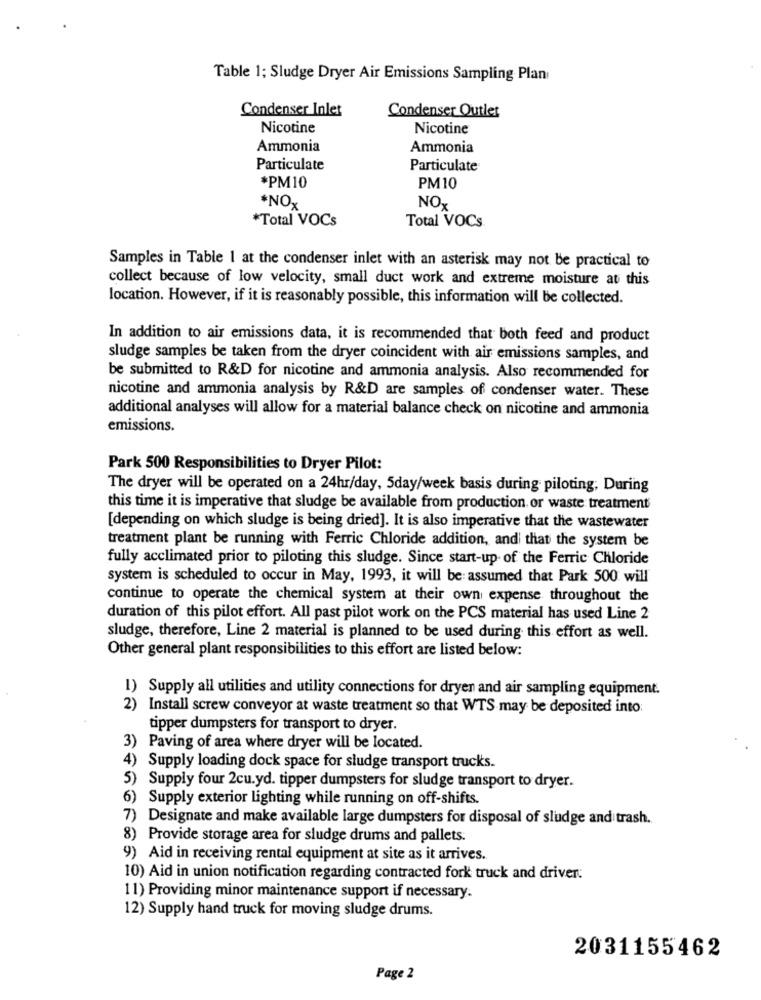
Table 1; Sludge Dryer Air Emissions Sampling Plan
Condenser Inlet
Condenser Outlet
Nicotine
Nicotine
Ammonia
Ammonia
Particulate
Particulate
*PM10
PM10
*NOx
NOx
*Total VOCs
Total VOCs
Samples in Table I at the condenser inlet with an asterisk may not be practical to
collect because of low velocity, small duct work and extreme moisture at this
location. However, if it is reasonably possible, this information will be collected.
In addition to air emissions data, it is recommended that both feed and product
sludge samples be taken from the dryer coincident with air emissions samples, and
be submitted to R&D for nicotine and ammonia analysis. Also recommended for
nicotine and ammonia analysis by R&D are samples of condenser water. These
additional analyses will allow for a material balance check on nicotine and ammonia
emissions.
Park 500 Responsibilities to Dryer Pilot:
The dryer will be operated on a 24hr/day, 5day/week basis during piloting, During
this time it is imperative that sludge be available from production or waste treatment
[depending on which sludge is being dried]. It is also imperative that the wastewater
treatment plant be running with Ferric Chloride addition, and that the system be
fully acclimated prior to piloting this sludge. Since start-up of the Ferric Chloride
system is scheduled to occur in May, 1993, it will be assumed that Park 500 will
continue to operate the chemical system at their own expense throughout the
duration of this pilot effort. All past pilot work on the PCS material has used Line 2
sludge, therefore, Line 2 material is planned to be used during this effort as well.
Other general plant responsibilities to this effort are listed below:
1) Supply all utilities and utility connections for dryen and air sampling equipment.
2) Install screw conveyor at waste treatment so that WTS may be deposited into:
tipper dumpsters for transport to dryer.
3) Paving of area where dryer will be located.
4) Supply loading dock space for sludge transport trucks.
5) Supply four 2cu.yd. tipper dumpsters for sludge transport to dryer.
6) Supply exterior lighting while running on off-shifts.
7) Designate and make available large dumpsters for disposal of sludge and trash.
8) Provide storage area for sludge drums and pallets:
9) Aid in receiving rental equipment at site as it arrives.
10) Aid in union notification regarding contracted fork truck and driver:
11) Providing minor maintenance support if necessary.
12) Supply hand truck for moving sludge drums.
2031155462
Page 2